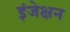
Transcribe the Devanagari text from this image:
इंजेक्षन